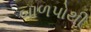
બાળપોથી